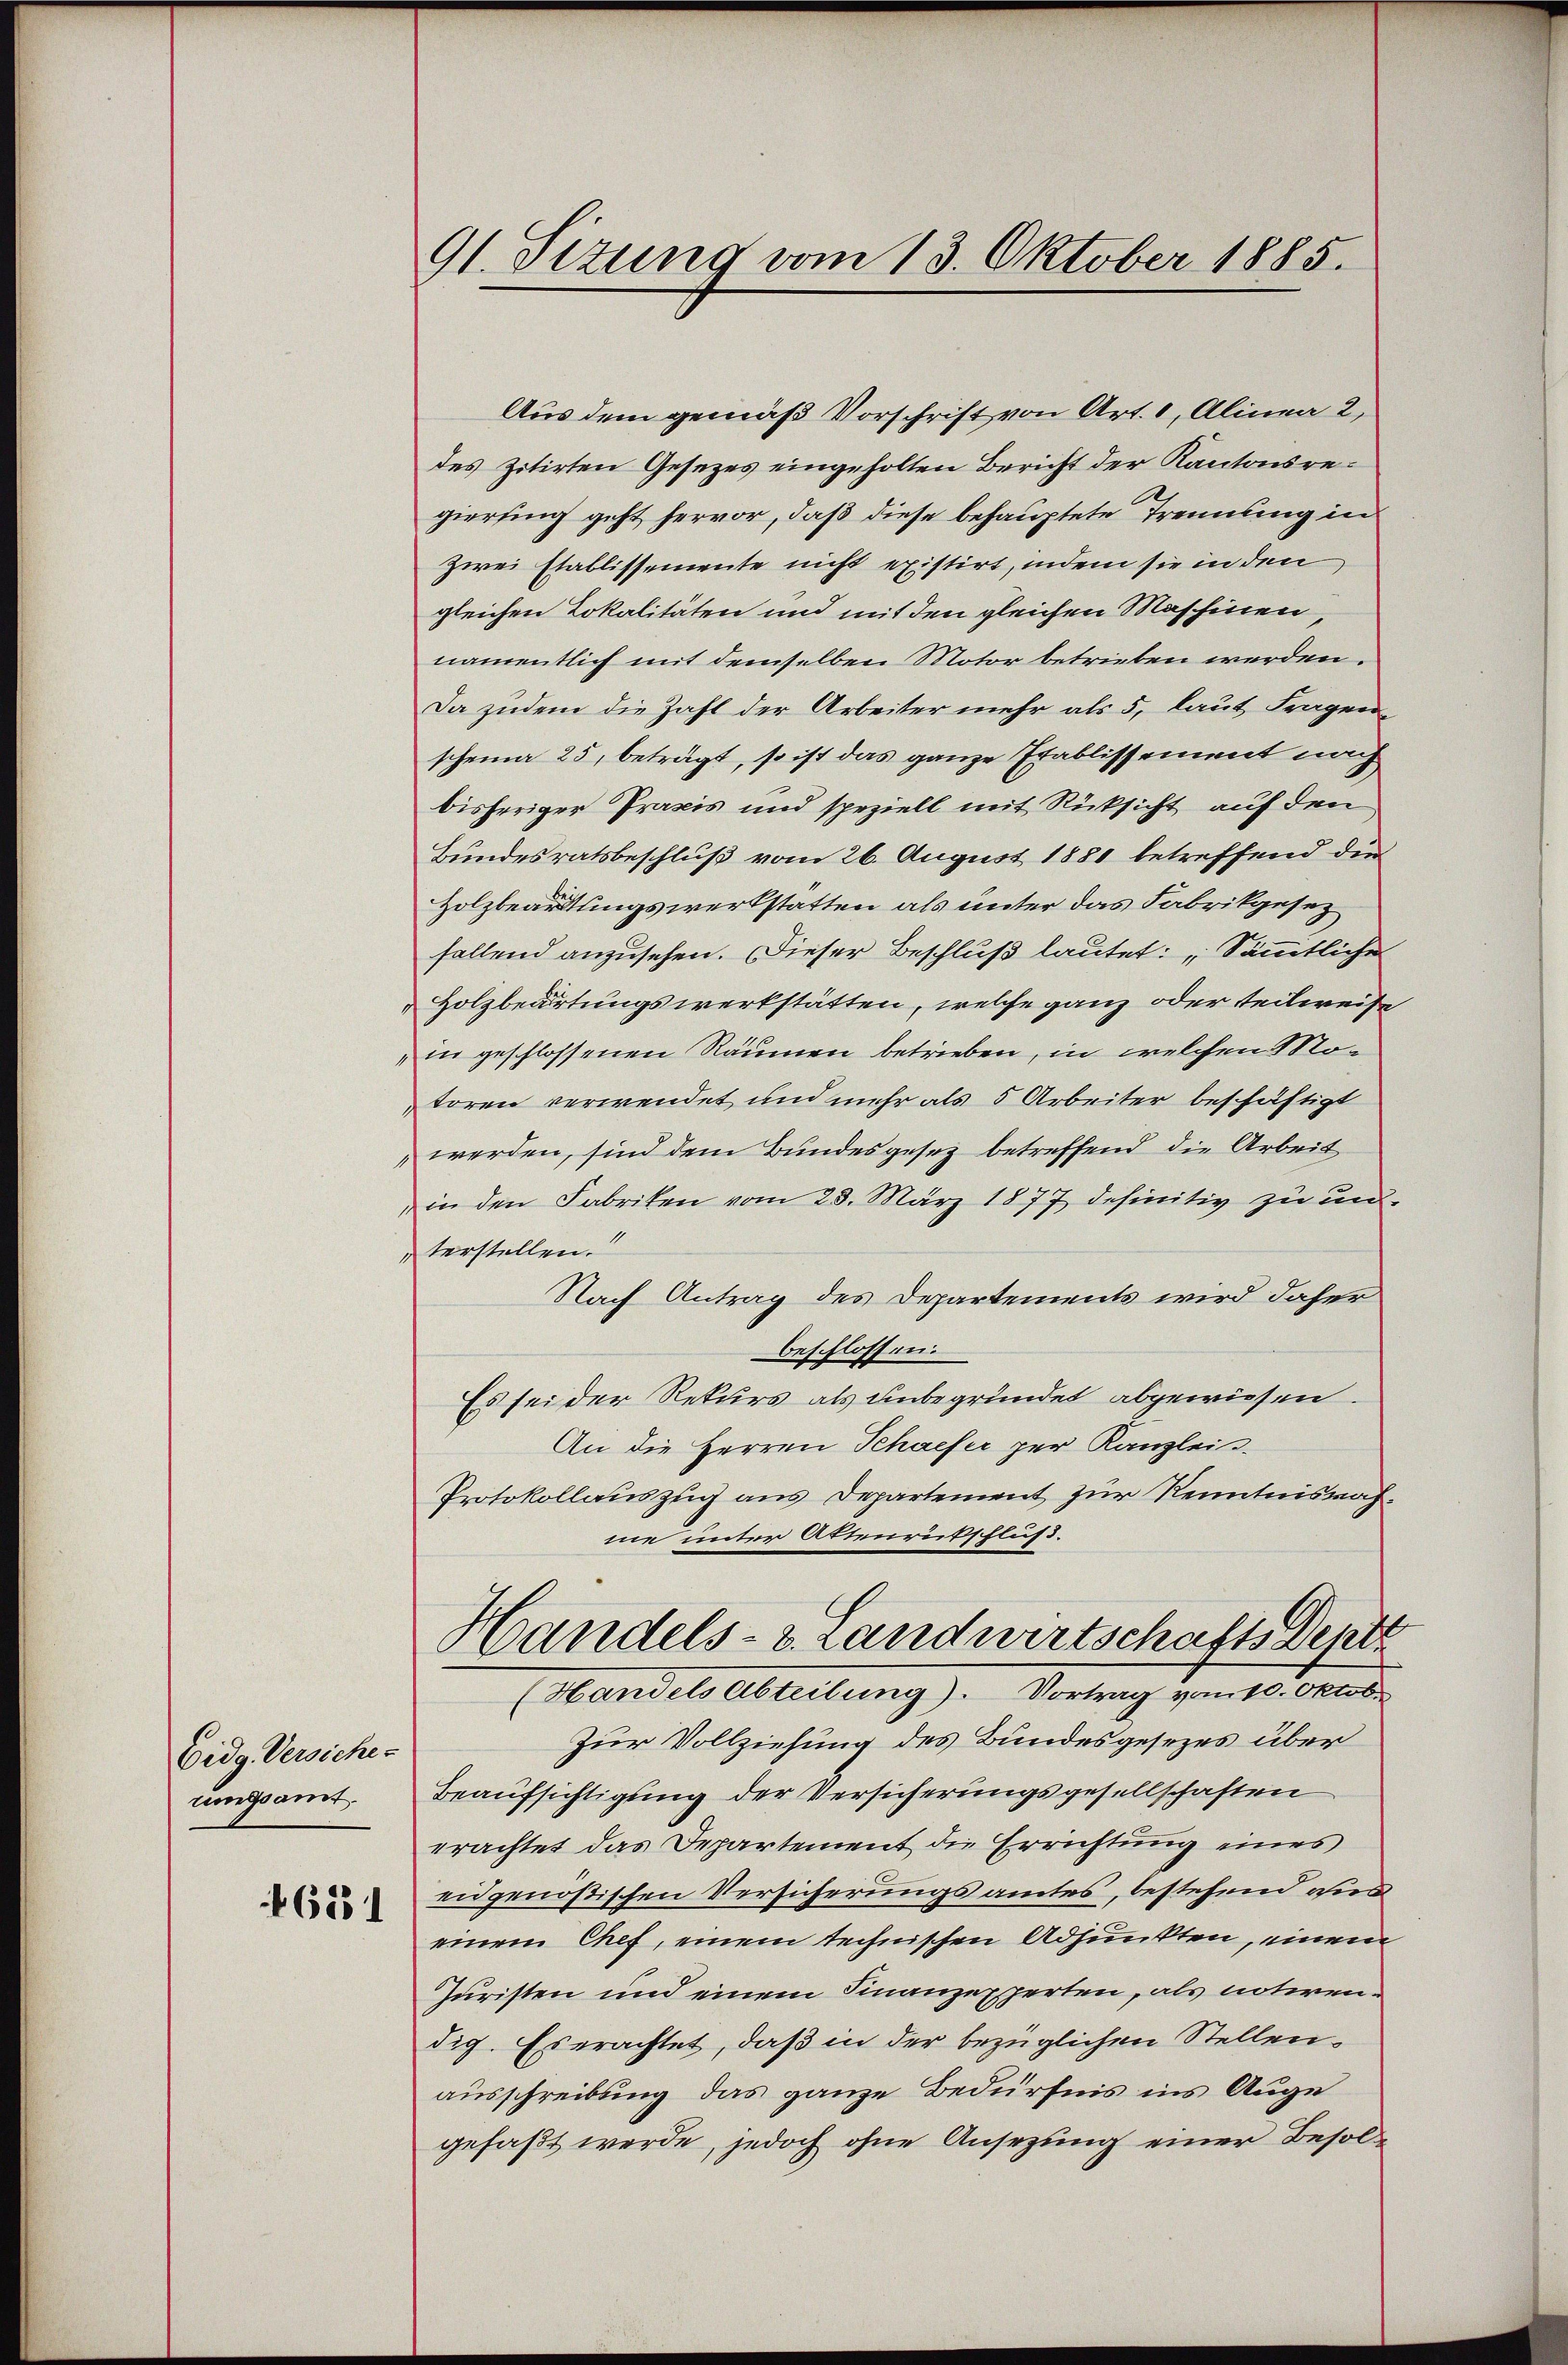
Eidg. Versicher
ugsamt.

6531

91. Sizung vom 13. Oktober 1885.

Aus dem gemäß Vorschrift von Art. 1, Alinea 2
des zitirten Gesezes eingeholten Bericht der Kantonsregiering geht hervor, daß diese behauptete Trennung in
zwei Etablissemente nicht existirt, indem sie in den
gleichen Lokalitäten und mit den gleichen Maschinen,
namentlich mit demselben Motor betrieben werden.
Da zudem die Zahl der Arbeiter mehr als 5, laut Fragenscheine 25, beträgt, so ist das ganze Etablissement nach
bisheriger Praxis und speziell mit Rücksicht auf den
Bundesratsbeschluß vom 26. August 1881 betreffend die
Holzbeardtungswerkstatten als unter das Fabrikgesez
fallend anzusehen. Dieser Beschluß lautet: Sämmtliche
Holzbedartungswerkstätten, welche ganz oder teilweise
in geschlossenen Räumen betrieben, in welchen Motoren verwendet und mehr als 5 Arbeiter beschäftigt
werden, sind dem Bundesgesez betreffend die Arbeit
in den Fabriken vom 23. März 1877 definitiv zu un
terstellen.
Nach Antrag des Departements wird daher
beschlossen.
Es sei der Rekurs als unbegründet abgewiesen.
An die Herren Schaefer per Kanzlei
Protokollauszug aus Departement zur Kenntnisnahme unter Attenrutschluß.
Handels- u. Landwirtschafts Deptr
(Handels Abteilung). Vortrag vom 10. Oktob.
Zur Vollziehung des Bundesgesezes über
Beaufsichtigung der Versicherungsgesellschaften
erachtet das Departement die Errichtung eines
eidgenößischen Versicherungsamtes, bestehend an
einem Chef, einem technischen Adjunkten, einem
Juristen und einem Finanzexperten, als notirendig. Es erachtet, daß in der bezüglichen Stellenausschreibung das ganze Bedürfnis ins Auge
gefaßt werde, jedoch ohne Ansezung einer Besol¬